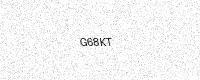
Text: G68KT